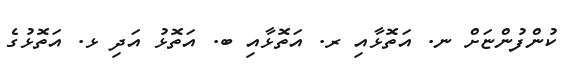
ކުންފުންޏަށް ނ. އަތޮޅާއި ރ. އަތޮޅާއި ބ. އަތޮޅު އަދި ޅ. އަތޮޅުގެ